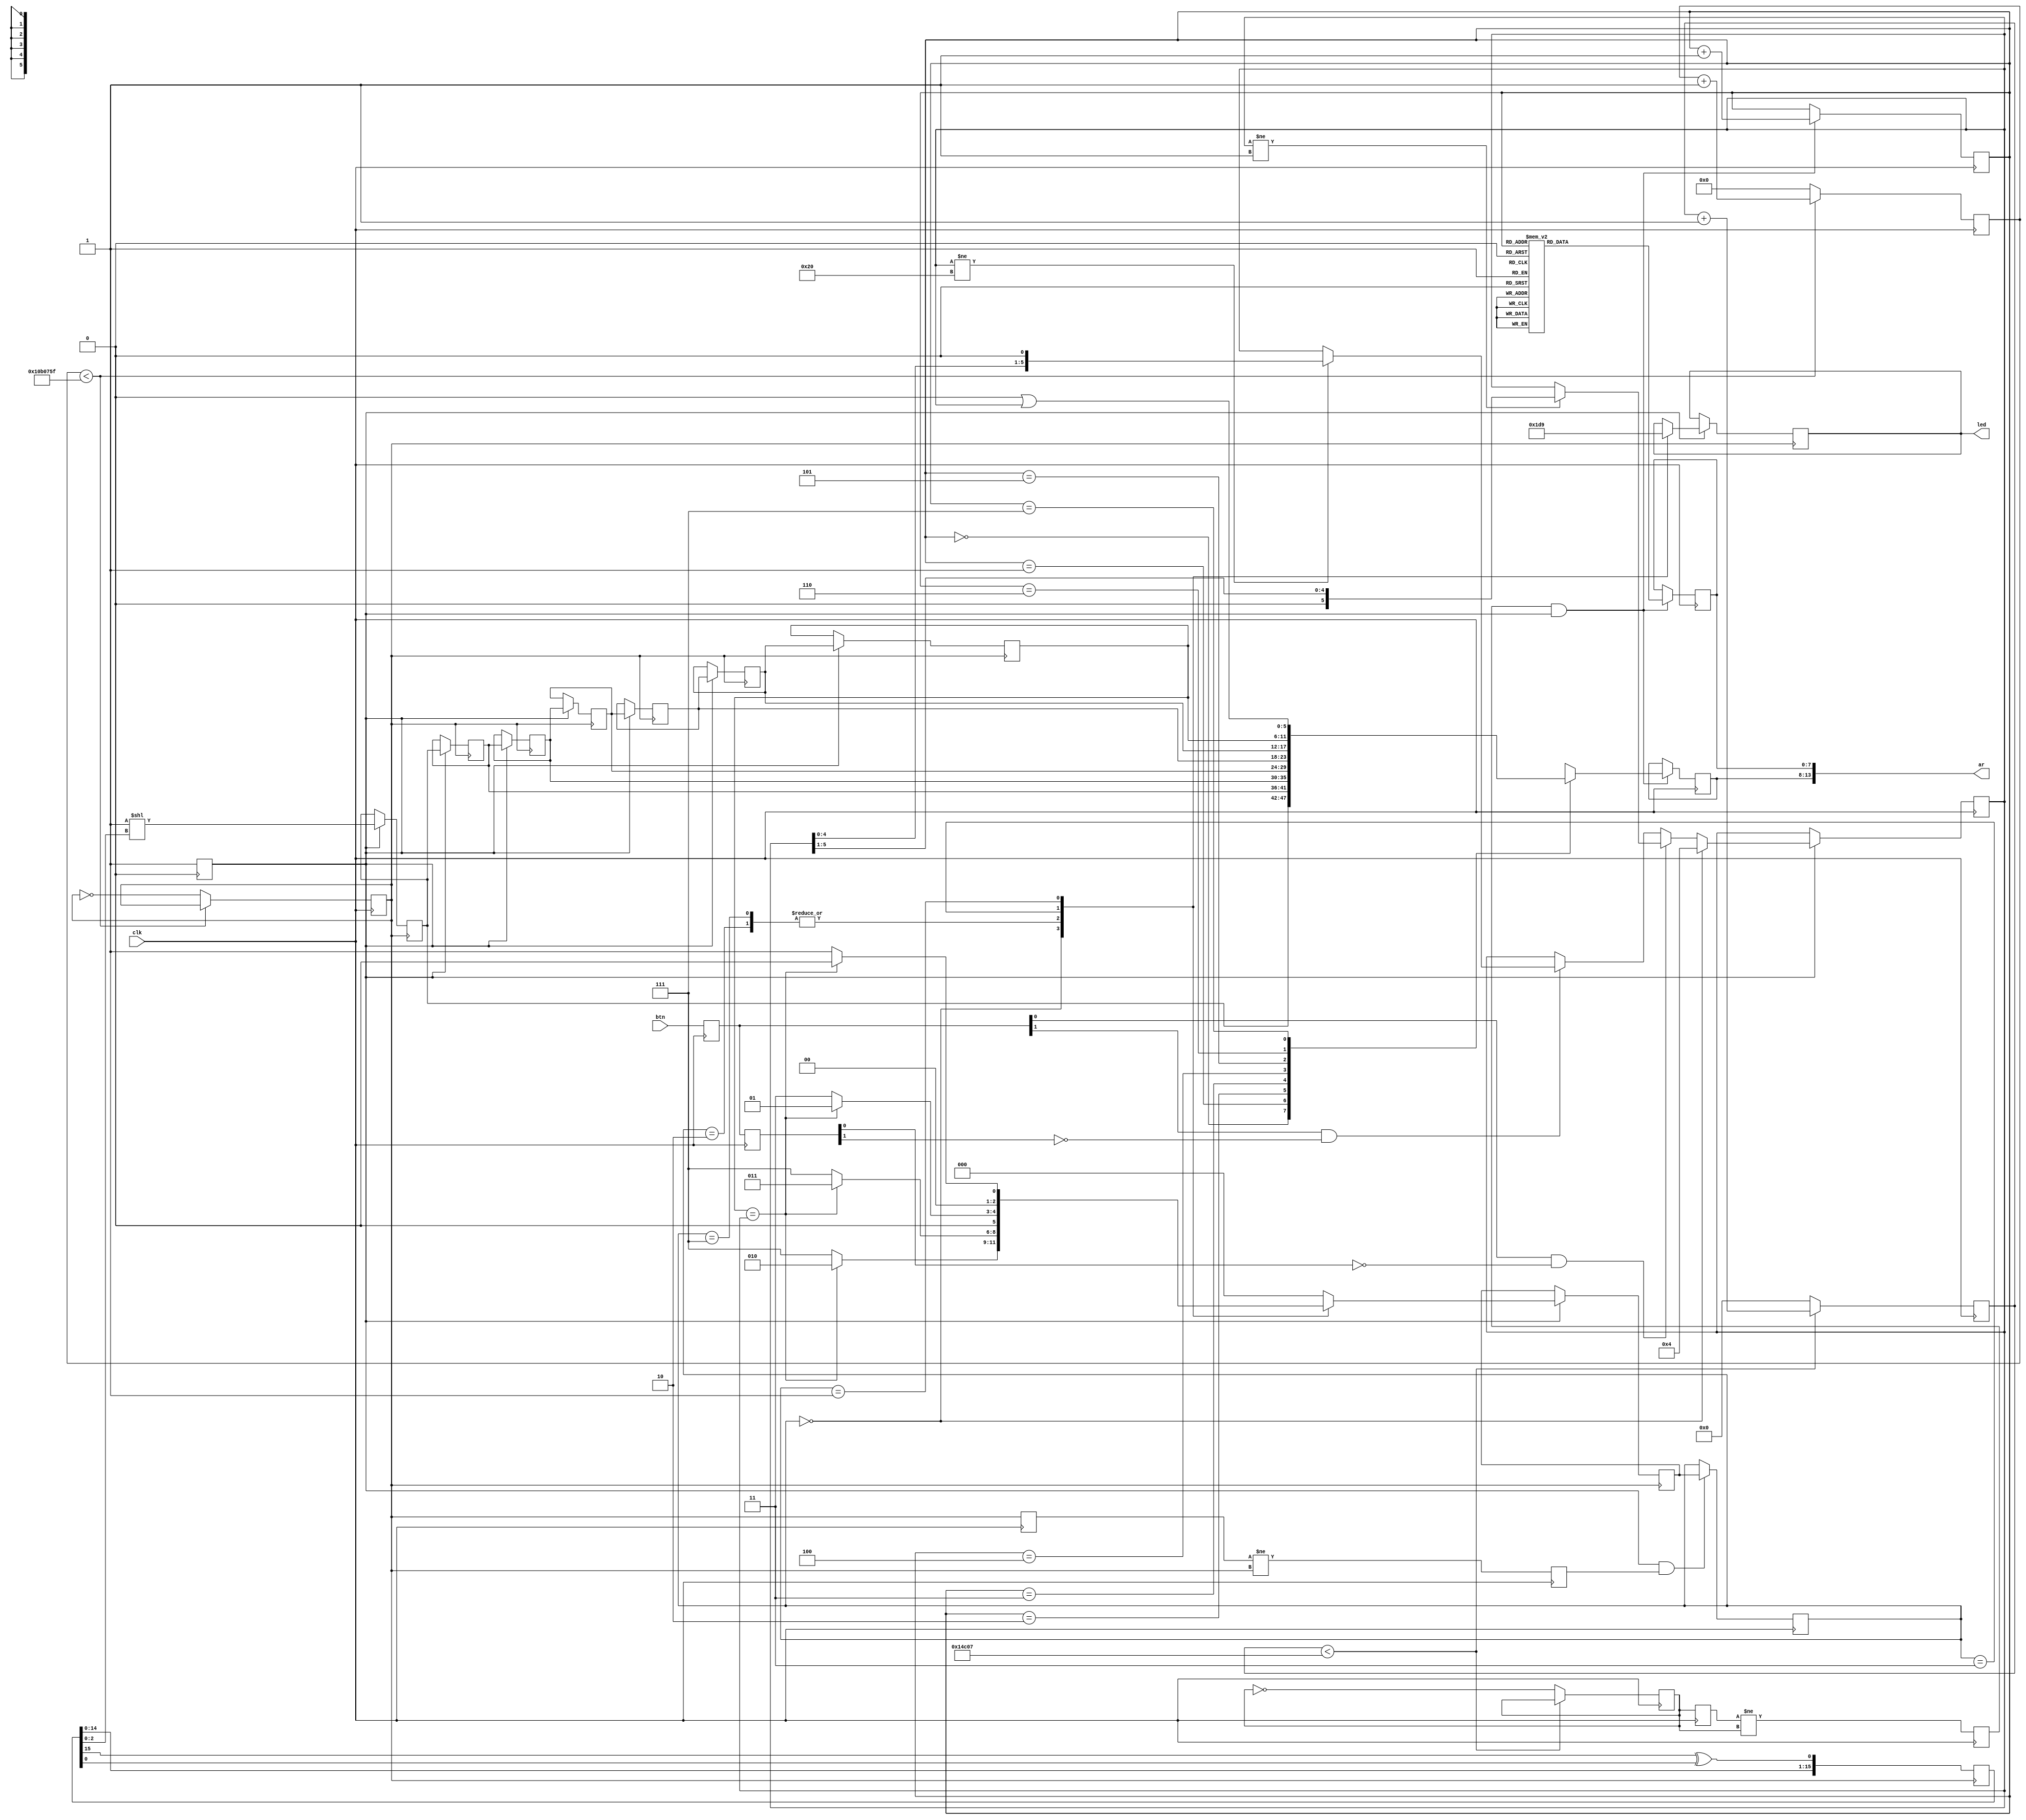
module dodge_game (
    input [1:0] btn,      // sJ
    input clk,            // J
    //input rst, 
    output reg [13:0] ar, // ܻPCܦX
    output reg [2:0] led  // LED ܥͩRƶq
);

reg [7:0] row;
reg [5:0] col;

// Yӱ󺡨ɸTμҲ


always @(*) begin
    ar[13:8] = col;
    ar[7:0] = row;
end
reg rst ;
reg [25:0] counter_300ms;   // 26-bit counter to control 300ms timing
reg [16:0] counter_1ms;     // Counter for 1ms timing
reg pulse_300ms;            // 300 ms pulse
reg pulse_1ms;              // 1 ms pulse
reg pulse_1ms_sync;         // Synchronized 1 ms pulse
reg pulse_1ms_flag;         // One-shot flag for 1 ms pulse
reg pulse_300ms_sync;       // Synchronized 300 ms pulse
reg pulse_300ms_flag;       // One-shot flag for 300 ms pulse
reg [5:0] player_pos;       // am ()
reg [15:0] lfsr = 16'hfeac;
reg [5:0] drop[7:0];        //  (8)

// State parameters
reg gamestate = 1;
parameter INIT = 3'b000;
parameter LIFE3 = 3'b111;
parameter LIFE2 = 3'b011;
parameter LIFE1 = 3'b001;
parameter CHEAT = 3'b010;
parameter DEAD = 3'b000;

reg [2:0] state_reg, state_next;


// l
initial begin
    gamestate = 1;
    rst <= 0;
    player_pos = 6'b000100; // almb橳
    drop[0] = 6'b000000; // lƱ
    drop[1] = 6'b000000;
    drop[2] = 6'b000000;
    drop[3] = 6'b000000;
    drop[4] = 6'b000000;
    drop[5] = 6'b000000;
    drop[6] = 6'b000000;
    drop[7] = 6'b000000;
    counter_300ms = 0;
    counter_1ms = 0;
    pulse_300ms = 0;
    pulse_1ms = 0;
    pulse_1ms_sync = 0;
    pulse_1ms_flag = 0;
    pulse_300ms_sync = 0;
    pulse_300ms_flag = 0;
    state_reg = LIFE3;
end

always @(posedge rst) begin
    gamestate <= 1;
end

// 300@Hͦ
always @(posedge clk) begin
    if (counter_300ms < 17500000 - 1) begin
        counter_300ms <= counter_300ms + 1;
    end else begin
        counter_300ms <= 0;
        pulse_300ms <= ~pulse_300ms;  // C300@½@
    end
end

// 1 @Hͦ
always @(posedge clk) begin
    if (counter_1ms < 85000 - 1) begin  // 125MHzU1ms
        counter_1ms <= counter_1ms + 1;
    end else begin
        counter_1ms <= 0;
        pulse_1ms <= ~pulse_1ms;  // C 1 @½@
    end
end

// 1msHPB
always @(posedge clk) begin
    pulse_1ms_sync <= pulse_1ms;
    pulse_1ms_flag <= (pulse_1ms_sync != pulse_1ms);
end

// 300msHPB
always @(posedge clk) begin
    pulse_300ms_sync <= pulse_300ms;
    pulse_300ms_flag <= (pulse_300ms_sync != pulse_300ms);
end

// Hͦ
wire feedback = lfsr[2] ^ lfsr[1];

always @(posedge pulse_300ms) begin
    lfsr <= {lfsr[14:0], lfsr[15]^lfsr[0]};
end

// ʻPͦ
always @(posedge pulse_300ms) begin
    // ʱ
    if (gamestate) begin
    drop[6] <= drop[5];
    drop[5] <= drop[4];
    drop[4] <= drop[3];
    drop[3] <= drop[2];
    drop[2] <= drop[1];
    drop[1] <= drop[0];
    // Hͦb̳
    drop[0] <= 6'b0000001 << lfsr[2:0]; // ϥLFSRͦHC
end
end
// a
always @(posedge clk) begin
    if (gamestate) begin
    if (state_reg==INIT)begin 
    player_pos = 6'b000100; // almb橳
    end
    else if (btn0_pressed) begin
        if (player_pos != 6'b000001) begin
            player_pos <= (player_pos >> 1'b1);
        end
    end else if (btn1_pressed) begin
        if (player_pos != 6'b100000) begin
            player_pos <= (player_pos << 1'b1);
        end
    end
end
end
reg [1:0] btn_reg;
reg [1:0] btn_reg_next;

// ݰ
always @(posedge clk) begin
    btn_reg <= btn;
    btn_reg_next <= btn_reg;
end

wire btn0_pressed = (btn_reg[0] && ~btn_reg_next[0]);
wire btn1_pressed = (btn_reg[1] && ~btn_reg_next[1]);

// ͩRA
always @(posedge clk) begin
    if (gamestate && pulse_300ms_flag ) begin
        state_reg <= state_next;
    end
end



always @(posedge pulse_300ms) begin
if(gamestate)begin
    case (state_reg)
        INIT: begin
            led = DEAD; 
            if(drop[6] == player_pos) begin
                state_next = CHEAT;
            end else begin
                state_next = LIFE3;
            end
        end
        CHEAT: begin
            led = LIFE3; // TR
            if (drop[6] == player_pos) begin
                state_next = LIFE2;
            end else begin
                state_next = LIFE3;
            end
        end
        LIFE3: begin
            led = LIFE3; // TR
            if (drop[6] == player_pos) begin
                state_next = LIFE2;
            end else begin
                state_next = LIFE3;
            end
        end
        LIFE2: begin
            led = LIFE2; // R
            if (drop[6] == player_pos)begin
                state_next = LIFE1;
            end else begin
                state_next = LIFE2;
            end
        end
        LIFE1: begin
            led = LIFE1; // @R
            if (drop[6] == player_pos) begin
                state_next = INIT;
            end else begin
                state_next = LIFE1;
            end
        end
        default: state_next = INIT;
    endcase
    end
    
end


// y
reg [2:0] scan_counter;  // ypƾ

always @(posedge clk) begin
    if (pulse_1ms_flag && gamestate) begin
        scan_counter <= scan_counter + 1;
    end
end

always @(posedge clk) begin
    if (pulse_1ms_flag && gamestate) begin
        case (scan_counter)
            3'd0: row = 8'b01111111;
            3'd1: row = 8'b10111111;
            3'd2: row = 8'b11011111;
            3'd3: row = 8'b11101111;
            3'd4: row = 8'b11110111;
            3'd5: row = 8'b11111011;
            3'd6: row = 8'b11111101;
            3'd7: row = 8'b11111110;
        endcase
    end
end

always @(posedge clk) begin
    if (pulse_1ms_flag && gamestate) begin
        case (scan_counter)
            3'd0: col = drop[0];
            3'd1: col = drop[1];
            3'd2: col = drop[2];
            3'd3: col = drop[3];
            3'd4: col = drop[4];
            3'd5: col = drop[5];
            3'd6: col = drop[6];
            3'd7: col = drop[7] | player_pos;
        endcase
    end
end

endmodule